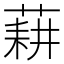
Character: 𦷂